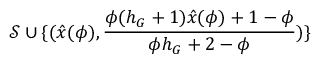
\mathcal { S } \cup \{ ( \hat { x } ( \phi ) , \frac { \phi ( h _ { G } + 1 ) \hat { x } ( \phi ) + 1 - \phi } { \phi h _ { G } + 2 - \phi } ) \}